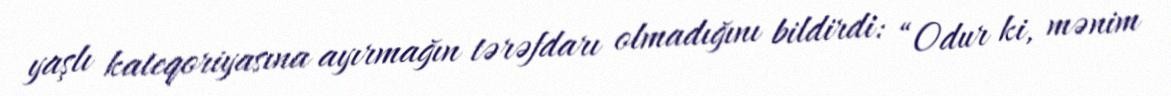
yaşlı kateqoriyasına ayırmağın tərəfdarı olmadığını bildirdi: “Odur ki, mənim